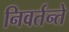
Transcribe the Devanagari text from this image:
निवर्तन्ते